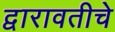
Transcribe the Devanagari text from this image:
द्वारावतीचे